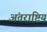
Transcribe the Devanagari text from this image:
अंतराष्टिय